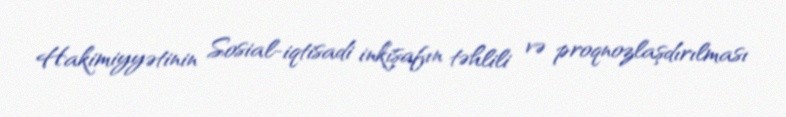
Hakimiyyətinin Sosial-iqtisadi inkişafın təhlili və proqnozlaşdırılması